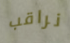
نراقب